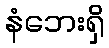
နံဘေးရှိ